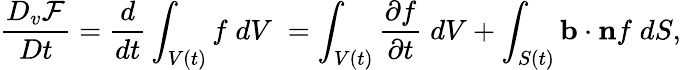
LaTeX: \frac{D_{v}\mathcal{F}}{Dt}=\frac{d}{dt}\int_{V(t)}f\; dV\; =\int_{V(t)}\frac{\partial f}{\partial t}\; dV+\int_{S(t)}\mathbf{b}\cdot\mathbf{n}f\; dS,